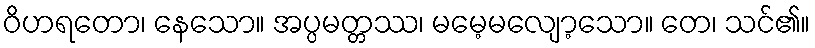
ဝိဟရတော၊ နေသော။ အပ္ပမတ္တဿ၊ မမေ့မလျော့သော။ တေ၊ သင်၏။